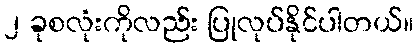
၂ ခုစလုံးကိုလည်း ပြုလုပ်နိုင်ပါတယ်။